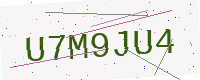
Text: U7M9JU4